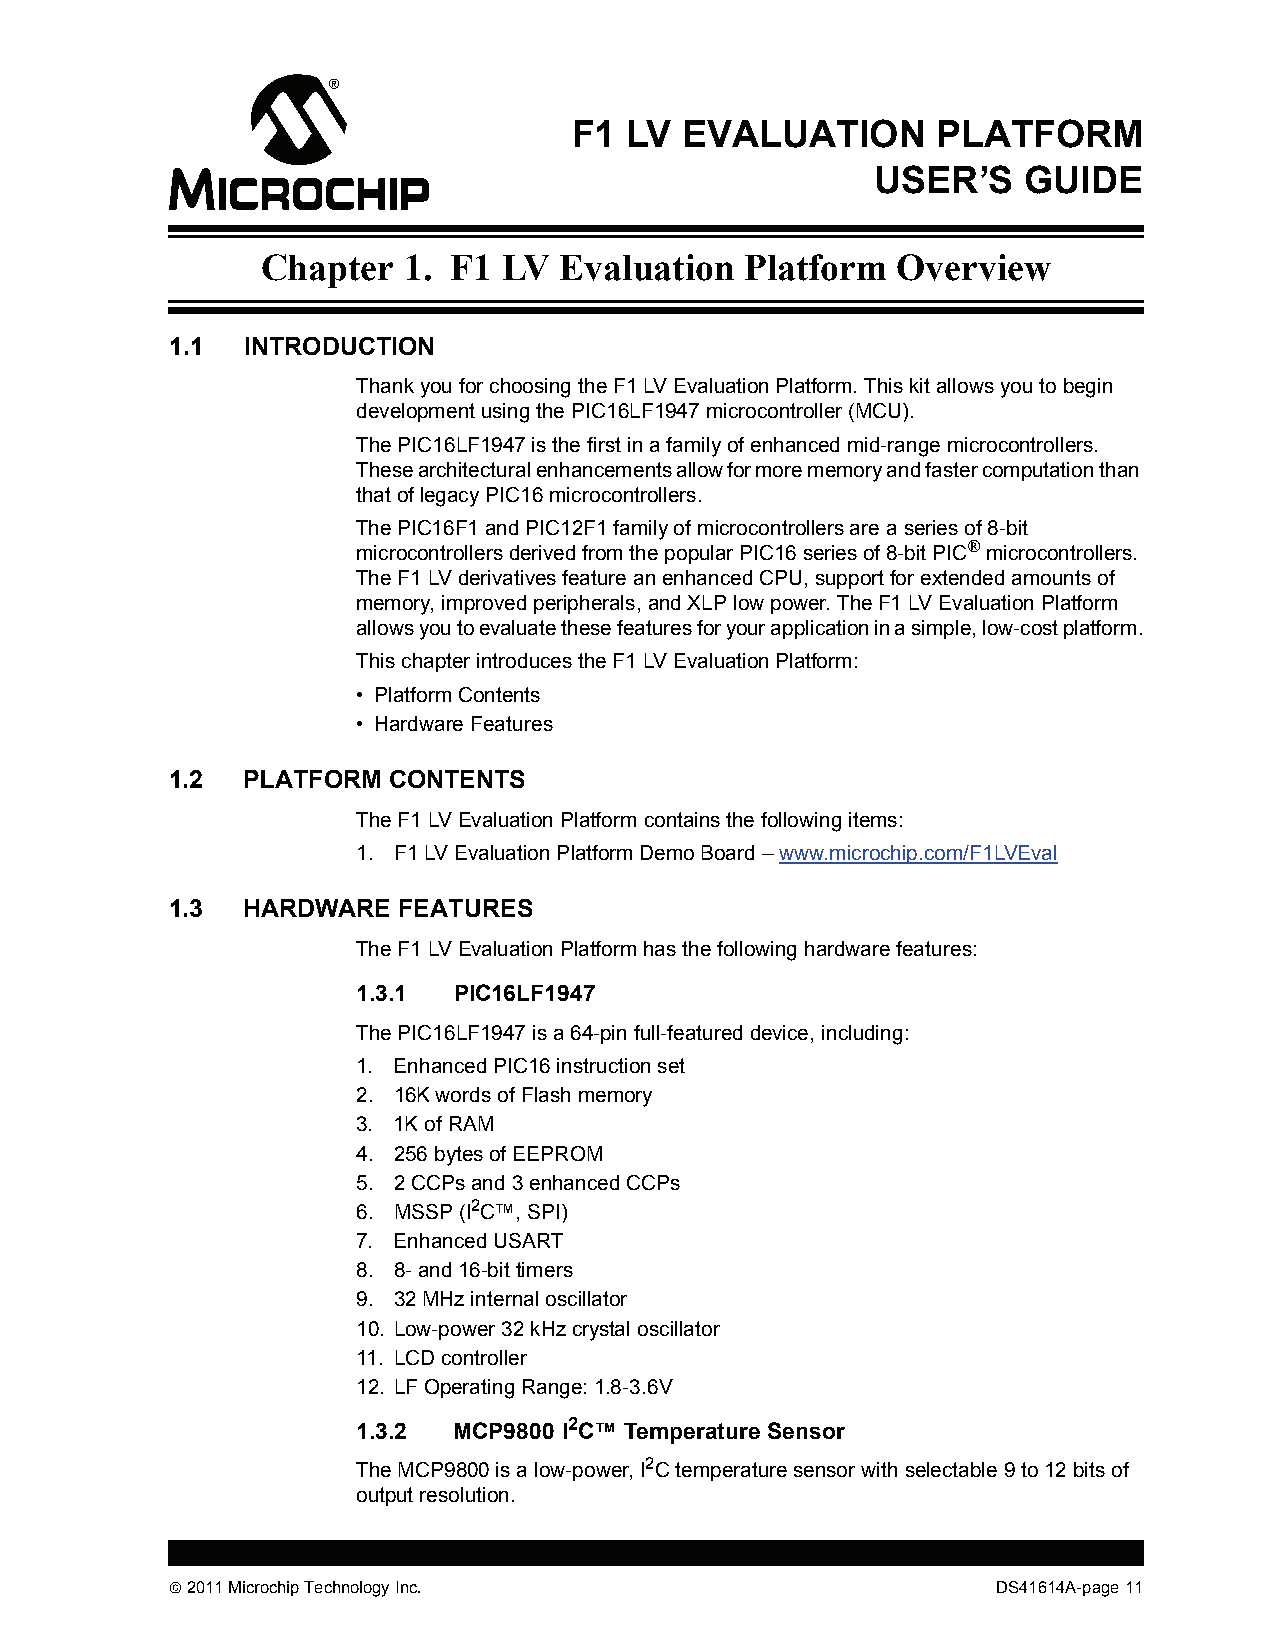
F1 LV  EVALUATION       PLATFORM
 USER’S    GUIDE
 Chapter   1. F1 LV  Evaluation  Platform  Overview
 1.1  INTRODUCTION
 Thank you for choosing the F1 LV Evaluation Platform. This kit allows you to begin
 development using the PIC16LF1947 microcontroller (MCU).
 The PIC16LF1947 is the first in a family of enhanced mid-range microcontrollers.
 These architectural enhancements allow for more memory and faster computation than
 that of legacy PIC16 microcontrollers.
 The PIC16F1 and PIC12F1 family of microcontrollers are a series of 8-bit
 microcontrollers derived from the popular PIC16 series of 8-bit PIC® microcontrollers.
 The F1 LV derivatives feature an enhanced CPU, support for extended amounts of
 memory, improved peripherals, and XLP low power. The F1 LV Evaluation Platform
 allows you to evaluate these features for your application in a simple, low-cost platform.
 This chapter introduces the F1 LV Evaluation Platform:
 • Platform Contents
 • Hardware Features
 1.2  PLATFORM  CONTENTS
 The F1 LV Evaluation Platform contains the following items:
 1. F1 LV Evaluation Platform Demo Board – www.microchip.com/F1LVEval
 1.3  HARDWARE  FEATURES
 The F1 LV Evaluation Platform has the following hardware features:
 1.3.1 PIC16LF1947
 The PIC16LF1947 is a 64-pin full-featured device, including:
 1. Enhanced PIC16 instruction set
 2. 16K words of Flash memory
 3. 1K of RAM
 4. 256 bytes of EEPROM
 5. 2 CCPs and 3 enhanced CCPs
 6. MSSP (I2C™, SPI)
 7. Enhanced USART
 8. 8- and 16-bit timers
 9. 32 MHz internal oscillator
 10. Low-power 32 kHz crystal oscillator
 11. LCD controller
 12. LF Operating Range: 1.8-3.6V
 1.3.2 MCP9800 I2C™ Temperature Sensor
 The MCP9800 is a low-power, I2C temperature sensor with selectable 9 to 12 bits of
 output resolution.
  2011 Microchip Technology Inc.                       DS41614A-page 11